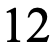
12